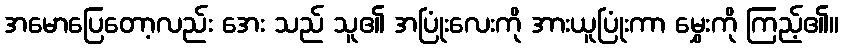
အမောပြေတော့လည်း အေး သည် သူ၏ အပြုံးလေးကို အားယူပြုံးကာ မွှေးကို ကြည့်၏။